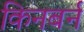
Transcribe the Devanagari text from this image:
किनबर्न